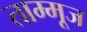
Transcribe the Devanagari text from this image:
ताम्मूज